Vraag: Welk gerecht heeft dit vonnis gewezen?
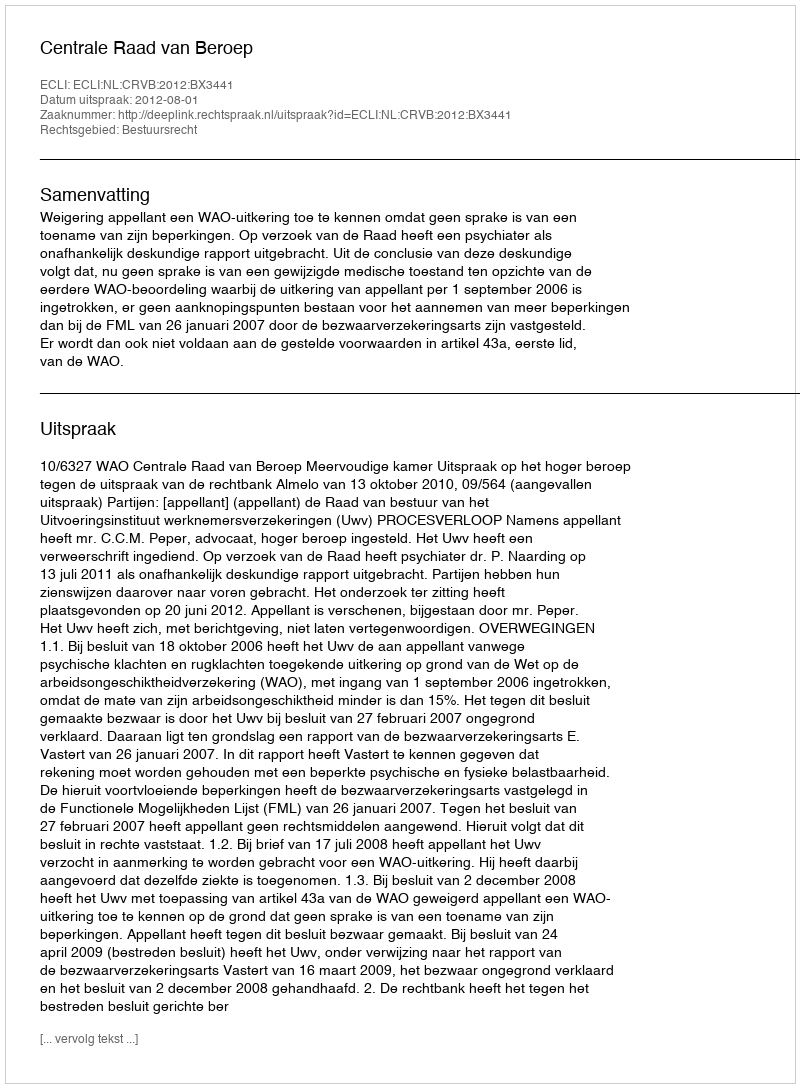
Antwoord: Centrale Raad van Beroep